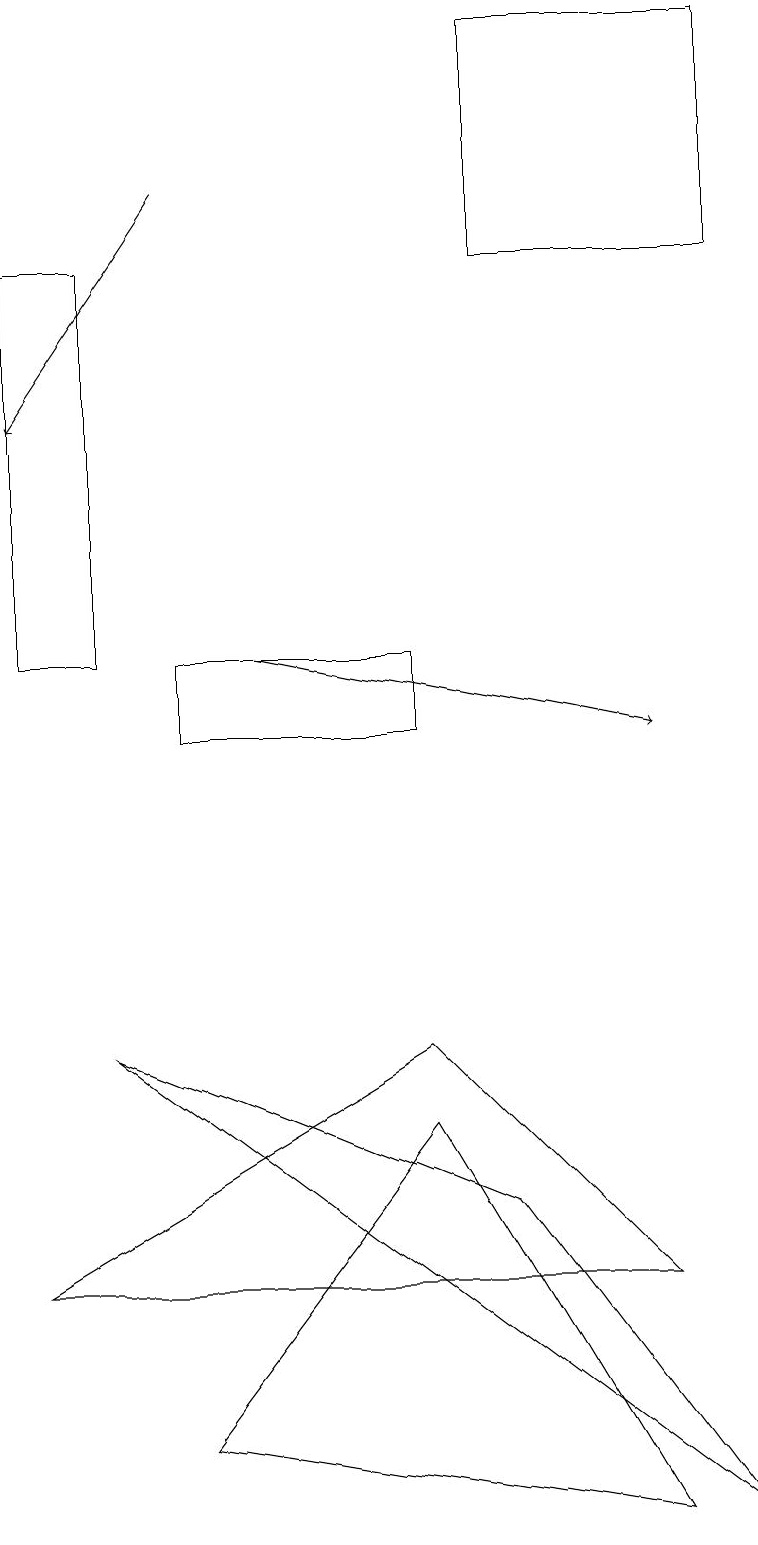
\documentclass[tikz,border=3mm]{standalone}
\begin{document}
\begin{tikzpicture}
\draw (9,0) -- (1,6) -- (6,4) -- cycle;
\draw (0,16) rectangle (1,11);
\draw[->] (3,11) -- (8,10);
\draw (5,5) -- (8,0) -- (2,1) -- cycle;
\draw (8,3) -- (5,6) -- (0,3) -- cycle;
\draw (2,10) rectangle (5,11);
\draw (6,16) rectangle (9,19);
\draw[->] (2,17) -- (0,14);
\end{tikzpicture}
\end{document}